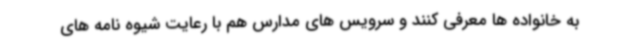
به خانواده ها معرفی کنند و سرویس های مدارس هم با رعایت شیوه نامه های